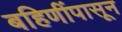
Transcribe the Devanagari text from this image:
बहिणींपासून